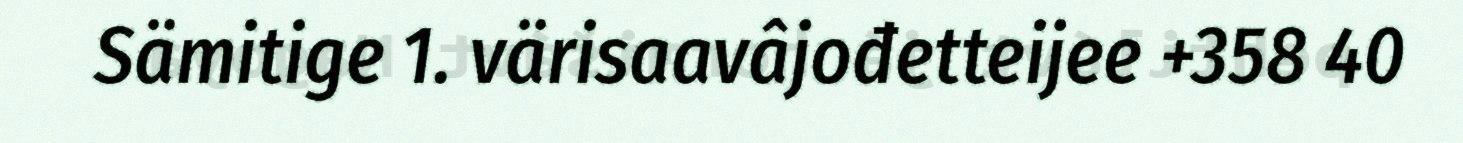
Sämitige 1. värisaavâjođetteijee +358 40